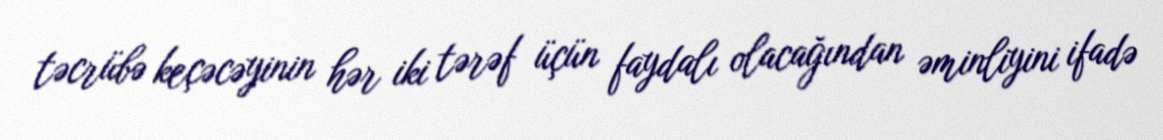
təcrübə keçəcəyinin hər iki tərəf üçün faydalı olacağından əminliyini ifadə